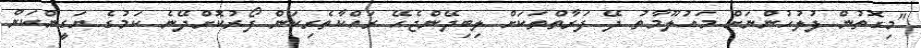
"މިގޮތުން ފުލުހުންނަށް މައުލޫމާތު ދޭ ފަރާތްތަކަށް ލިބިދޭންޖެހޭ ރައްކާތެރިކަން ފޯރުކޮށްދޭނެ ކަމުގެ ޔަގީންކަން